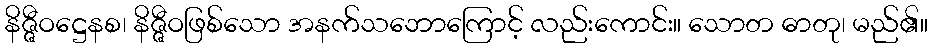
နိဇ္ဇီဝဋ္ဌေနစ၊ နိဇ္ဇီဝဖြစ်သော အနက်သဘောကြောင့် လည်းကောင်း။ သောတ ဓာတု၊ မည်၏။